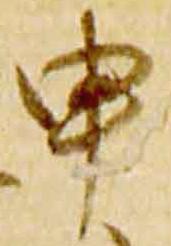
申